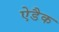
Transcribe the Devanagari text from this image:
ऐडैक